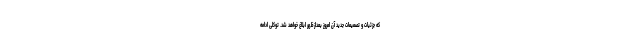
که جزئیات و تصمیمات جدید آن امروز بعدازظهر ابلاغ خواهد شد. توکلی ادامه